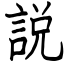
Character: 説